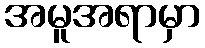
အမူအရာမှာ